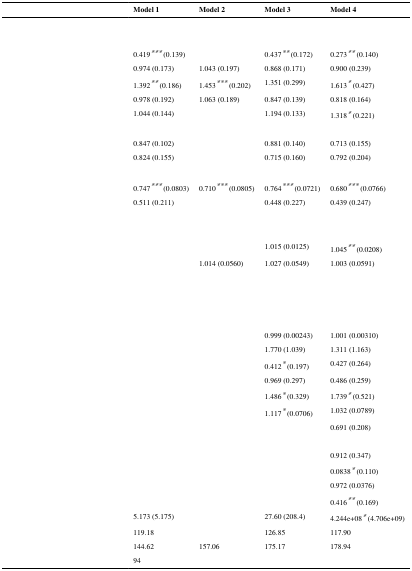
<table><thead><tr><td>[EMPTY_CELL]</td><td><b>Model 1</b></td><td><b>Model 2</b></td><td><b>Model 3</b></td><td><b>Model 4</b></td></tr></thead><tbody><tr><td colspan="5">[EMPTY_CELL]</td></tr><tr><td colspan="5">[EMPTY_CELL]</td></tr><tr><td>[EMPTY_CELL]</td><td>0.419*** (0.139)</td><td>[EMPTY_CELL]</td><td>0.437** (0.172)</td><td>0.273** (0.140)</td></tr><tr><td>[EMPTY_CELL]</td><td>0.974 (0.173)</td><td>1.043 (0.197)</td><td>0.868 (0.171)</td><td>0.900 (0.239)</td></tr><tr><td>[EMPTY_CELL]</td><td>1.392** (0.186)</td><td>1.453*** (0.202)</td><td>1.351 (0.299)</td><td>1.613* (0.427)</td></tr><tr><td>[EMPTY_CELL]</td><td>0.978 (0.192)</td><td>1.063 (0.189)</td><td>0.847 (0.139)</td><td>0.818 (0.164)</td></tr><tr><td>[EMPTY_CELL]</td><td>1.044 (0.144)</td><td>[EMPTY_CELL]</td><td>1.194 (0.133)</td><td>1.318* (0.221)</td></tr><tr><td colspan="5">[EMPTY_CELL]</td></tr><tr><td>[EMPTY_CELL]</td><td>0.847 (0.102)</td><td>[EMPTY_CELL]</td><td>0.881 (0.140)</td><td>0.713 (0.155)</td></tr><tr><td>[EMPTY_CELL]</td><td>0.824 (0.155)</td><td>[EMPTY_CELL]</td><td>0.715 (0.160)</td><td>0.792 (0.204)</td></tr><tr><td colspan="5">[EMPTY_CELL]</td></tr><tr><td>[EMPTY_CELL]</td><td>0.747*** (0.0803)</td><td>0.710*** (0.0805)</td><td>0.764*** (0.0721)</td><td>0.680*** (0.0766)</td></tr><tr><td>[EMPTY_CELL]</td><td>0.511 (0.211)</td><td>[EMPTY_CELL]</td><td>0.448 (0.227)</td><td>0.439 (0.247)</td></tr><tr><td colspan="5">[EMPTY_CELL]</td></tr><tr><td colspan="5">[EMPTY_CELL]</td></tr><tr><td>[EMPTY_CELL]</td><td>[EMPTY_CELL]</td><td>[EMPTY_CELL]</td><td>1.015 (0.0125)</td><td>1.045** (0.0208)</td></tr><tr><td>[EMPTY_CELL]</td><td>[EMPTY_CELL]</td><td>1.014 (0.0560)</td><td>1.027 (0.0549)</td><td>1.003 (0.0591)</td></tr><tr><td colspan="5">[EMPTY_CELL]</td></tr><tr><td>[EMPTY_CELL]</td><td>[EMPTY_CELL]</td><td>[EMPTY_CELL]</td><td>[EMPTY_CELL]</td><td>[EMPTY_CELL]</td></tr><tr><td>[EMPTY_CELL]</td><td>[EMPTY_CELL]</td><td>[EMPTY_CELL]</td><td>[EMPTY_CELL]</td><td>[EMPTY_CELL]</td></tr><tr><td colspan="5">[EMPTY_CELL]</td></tr><tr><td>[EMPTY_CELL]</td><td>[EMPTY_CELL]</td><td>[EMPTY_CELL]</td><td>0.999 (0.00243)</td><td>1.001 (0.00310)</td></tr><tr><td>[EMPTY_CELL]</td><td>[EMPTY_CELL]</td><td>[EMPTY_CELL]</td><td>1.770 (1.039)</td><td>1.311 (1.163)</td></tr><tr><td>[EMPTY_CELL]</td><td>[EMPTY_CELL]</td><td>[EMPTY_CELL]</td><td>0.412* (0.197)</td><td>0.427 (0.264)</td></tr><tr><td>[EMPTY_CELL]</td><td>[EMPTY_CELL]</td><td>[EMPTY_CELL]</td><td>0.969 (0.297)</td><td>0.486 (0.259)</td></tr><tr><td>[EMPTY_CELL]</td><td>[EMPTY_CELL]</td><td>[EMPTY_CELL]</td><td>1.486* (0.329)</td><td>1.739* (0.521)</td></tr><tr><td>[EMPTY_CELL]</td><td>[EMPTY_CELL]</td><td>[EMPTY_CELL]</td><td>1.117* (0.0706)</td><td>1.032 (0.0789)</td></tr><tr><td>[EMPTY_CELL]</td><td>[EMPTY_CELL]</td><td>[EMPTY_CELL]</td><td>[EMPTY_CELL]</td><td>0.691 (0.208)</td></tr><tr><td colspan="5">[EMPTY_CELL]</td></tr><tr><td>[EMPTY_CELL]</td><td>[EMPTY_CELL]</td><td>[EMPTY_CELL]</td><td>[EMPTY_CELL]</td><td>0.912 (0.347)</td></tr><tr><td>[EMPTY_CELL]</td><td>[EMPTY_CELL]</td><td>[EMPTY_CELL]</td><td>[EMPTY_CELL]</td><td>0.0838* (0.110)</td></tr><tr><td>[EMPTY_CELL]</td><td>[EMPTY_CELL]</td><td>[EMPTY_CELL]</td><td>[EMPTY_CELL]</td><td>0.972 (0.0376)</td></tr><tr><td>[EMPTY_CELL]</td><td>[EMPTY_CELL]</td><td>[EMPTY_CELL]</td><td>[EMPTY_CELL]</td><td>0.416** (0.169)</td></tr><tr><td>[EMPTY_CELL]</td><td>5.173 (5.175)</td><td>[EMPTY_CELL]</td><td>27.60 (208.4)</td><td>4.244e+08* (4.706e+09)</td></tr><tr><td>[EMPTY_CELL]</td><td>119.18</td><td>[EMPTY_CELL]</td><td>126.85</td><td>117.90</td></tr><tr><td>[EMPTY_CELL]</td><td>144.62</td><td>157.06</td><td>175.17</td><td>178.94</td></tr><tr><td>[EMPTY_CELL]</td><td>94</td><td>[EMPTY_CELL]</td><td>[EMPTY_CELL]</td><td>[EMPTY_CELL]</td></tr></tbody></table>